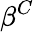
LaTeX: \beta^{C}